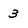
Character: 3